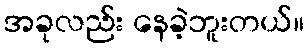
အခုလည်း နေခဲ့ဘူးတယ်။